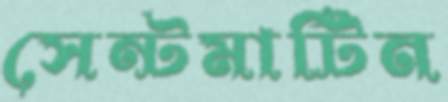
সেন্টমার্টিন